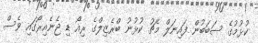
ކުޅުމުގެ ސަބަބުން ފައިނަލް މެޗު ކުޅުނު ބްރެޒިލްގެ ރިއޯ ޑި ޖެނެއިރޯގައި ވެސް